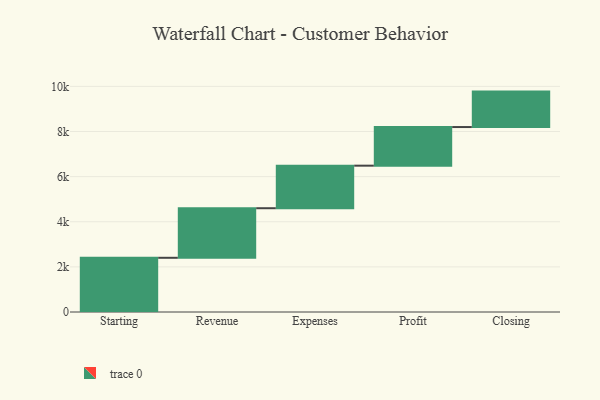
{"axis": {"x": "Step", "y": "Value"}, "legend": [""], "data": [{"x": "Starting", "y": 2403.0, "type": ""}, {"x": "Revenue", "y": 2197.0, "type": ""}, {"x": "Expenses", "y": 1886.0, "type": ""}, {"x": "Profit", "y": 1712.0, "type": ""}, {"x": "Closing", "y": 1571.0, "type": ""}]}